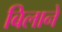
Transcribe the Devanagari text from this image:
बिलाने